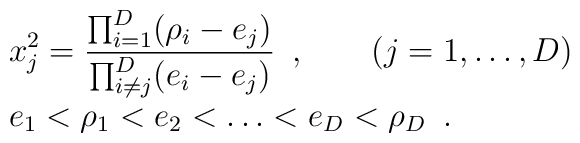
\begin{array}{l}  \displaystyle  x_j^2=\frac{\prod_{i=1}^D(\rho_i-e_j)}       {\prod_{i\not=j}^D(e_i-e_j)}\enspace,\qquad(j=1,\dots,D)  \\  \displaystyle  e_1<\rho_1<e_2<\dots<e_D<\rho_D\enspace.\end{array}